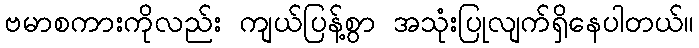
ဗမာစကားကိုလည်း ကျယ်ပြန့်စွာ အသုံးပြုလျက်ရှိနေပါတယ်။